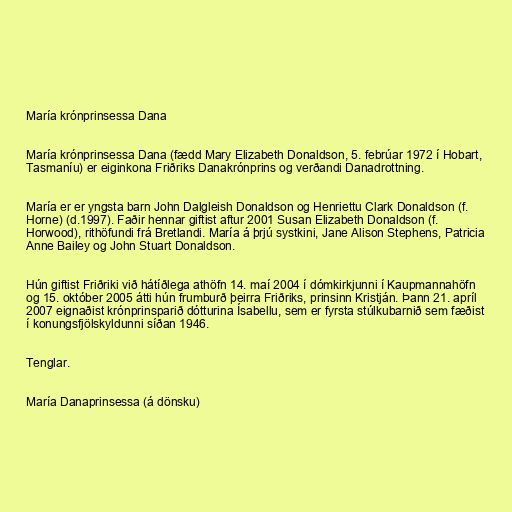
María krónprinsessa Dana

María krónprinsessa Dana (fædd Mary Elizabeth Donaldson, 5. febrúar 1972 í Hobart,
Tasmaníu) er eiginkona Friðriks Danakrónprins og verðandi Danadrottning.

María er er yngsta barn John Dalgleish Donaldson og Henriettu Clark Donaldson (f.
Horne) (d.1997). Faðir hennar giftist aftur 2001 Susan Elizabeth Donaldson (f.
Horwood), rithöfundi frá Bretlandi. María á þrjú systkini, Jane Alison Stephens, Patricia
Anne Bailey og John Stuart Donaldson.

Hún giftist Friðriki við hátíðlega athöfn 14. maí 2004 í dómkirkjunni í Kaupmannahöfn
og 15. október 2005 átti hún frumburð þeirra Friðriks, prinsinn Kristján. Þann 21. apríl
2007 eignaðist krónprinsparið dótturina Ísabellu, sem er fyrsta stúlkubarnið sem fæðist
í konungsfjölskyldunni síðan 1946.

Tenglar.

María Danaprinsessa (á dönsku)